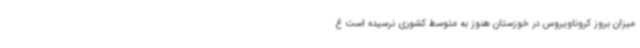
میزان بروز کروناویروس در خوزستان هنوز به متوسط کشوری نرسیده است غ